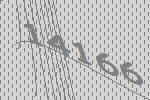
14166